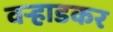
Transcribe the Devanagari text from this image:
वऱ्हाडकर